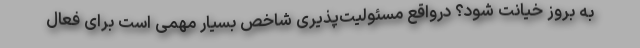
به بروز خیانت شود؟ درواقع مسئولیت‌پذیری شاخص بسیار مهمی است برای فعال